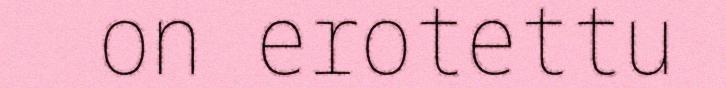
on erotettu